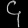
Digit: ၄